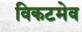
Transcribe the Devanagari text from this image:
विकटमेव